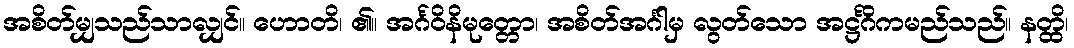
အစိတ်မျှသည်သာလျှင်။ ဟောတိ၊ ၏။ အင်္ဂဝိနိမုတ္တော၊ အစိတ်အင်္ဂါမှ လွတ်သော အဋ္ဌင်္ဂိကမည်သည်။ နတ္ထိ၊